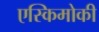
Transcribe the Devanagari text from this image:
एस्किमोकी